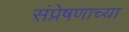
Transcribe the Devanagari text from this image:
संप्रेषणाच्या